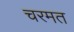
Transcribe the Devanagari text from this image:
चरमत